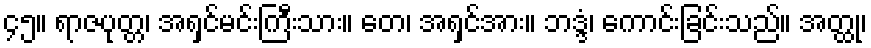
၄၅။ ရာဇပုတ္တ၊ အရှင်မင်းကြီးသား။ တေ၊ အရှင်အား။ ဘဒ္ဒံ၊ ကောင်းခြင်းသည်။ အတ္ထု၊